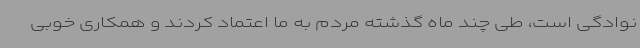
نوادگی است، طی چند ماه گذشته مردم به ما اعتماد کردند و همکاری خوبی